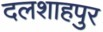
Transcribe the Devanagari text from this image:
दलशाहपुर